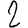
Digit: 2